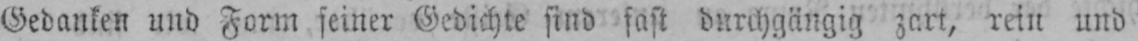
Gedanken und Form seiner Gedichte sind fast durchgängig zart, rein und